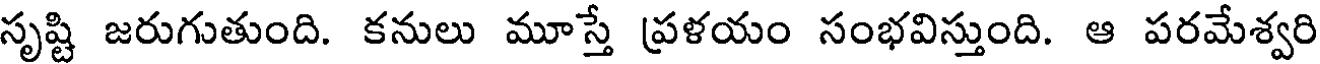
సృష్టి జరుగుతుంది. కనులు మూస్తే ప్రళయం సంభవిస్తుంది. ఆ పరమేశ్వరి